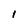
Character: 1